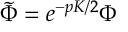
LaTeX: \tilde { \Phi } = e ^ { - p { \cal K } / 2 } \Phi